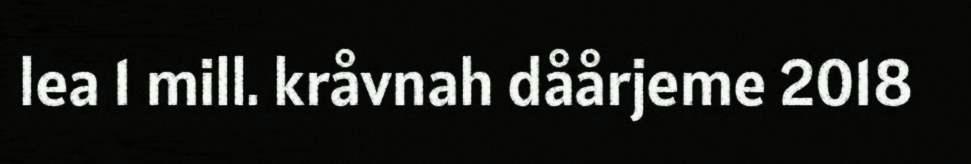
lea 1 mill. kråvnah dåårjeme 2018